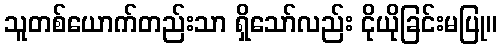
သူတစ်ယောက်တည်းသာ ရှိသော်လည်း ငိုယိုခြင်းမပြု။